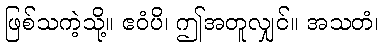
ဖြစ်သကဲ့သို့။ ဧဝံပိ၊ ဤအတူလျှင်။ အသတံ၊